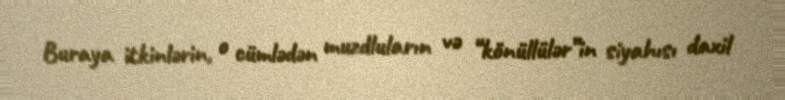
Buraya itkinlərin, o cümlədən muzdluların və “könüllülər”in siyahısı daxil